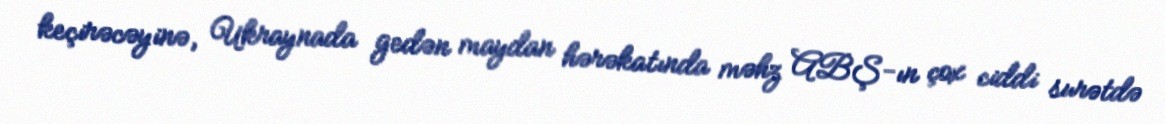
keçirəcəyinə, Ukraynada gedən maydan hərəkatında məhz ABŞ-ın çox ciddi surətdə